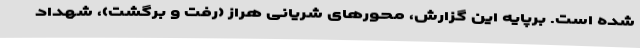
شده است. برپایه این گزارش، محورهای شریانی هراز (رفت و برگشت)، شهداد